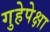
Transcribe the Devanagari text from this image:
गुहेपेक्षा